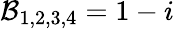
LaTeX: \mathcal{B}_{1,2,3,4}=1-i